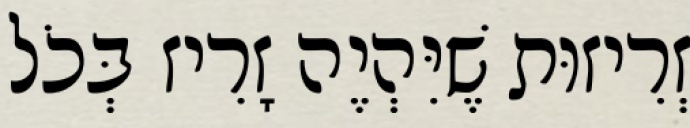
זְרִיזוּת שֶׁיִּהְיֶה זָרִיז בְּכֹל